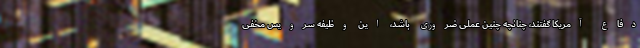
دفاع آمریکا گفتند، چنانچه چنین عملی ضروری باشد، این وظیفه سرویس مخفی